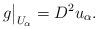
LaTeX: \begin{align*}g\big|_{U_\alpha}=D^2u_\alpha.\end{align*}